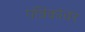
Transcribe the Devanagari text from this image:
पत्रिकांवर